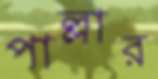
পাল্লার